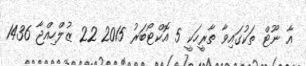
އާ ނޫޓް ތަކުގައިވާ ތާރީހަކީ 5 އޮކްޓޯބަރު 2015 22 ޒުލްހިއްޖާ 1436